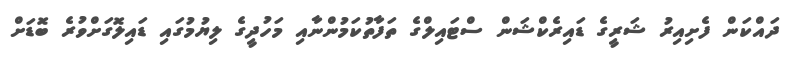
ދައްކަން ފެށިއިރު ޝަރީގެ ޑައިރެކްޝަން ސްޓައިލްގެ ތަފާތުކަމުންނާއި މަހުދީގެ ލިޔުމުގައި ޑައިލޮގަށްވުރެ ބޮޑަށް